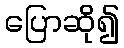
ပြောဆို၍